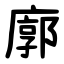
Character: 廓